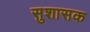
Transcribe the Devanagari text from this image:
सुशासक